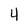
Character: 4